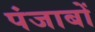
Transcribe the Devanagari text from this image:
पंजाबों